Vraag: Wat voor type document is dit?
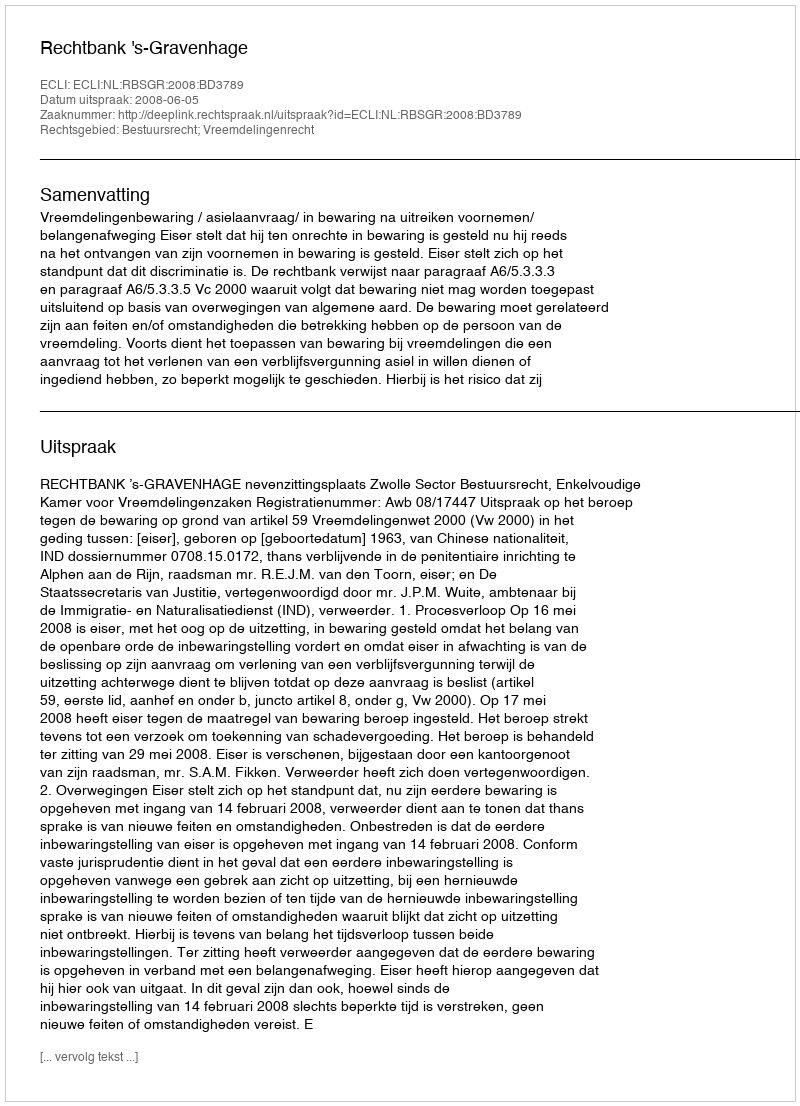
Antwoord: Uitspraak